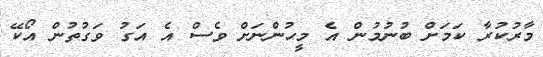
މާރުކުރާ ކަމަށް ބުނުމުން އެ މީހުންނަށް ވެސް އެ އަގު ވަގުތުން އޯކޭ